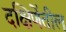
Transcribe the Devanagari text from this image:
दक्षिणेंतील